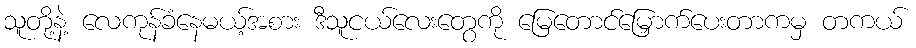
သူတို့နဲ့ လေကုန်ခံနေမယ့်အစား ဒီသူငယ်လေးတွေကို မြေတောင်မြှောက်ပေးတာကမှ တကယ်